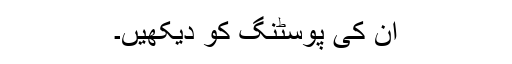
ان کی پوسٹنگ کو دیکھیں۔